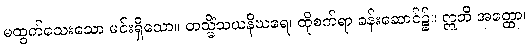
မထွက်သေးသော မင်းရှိသော။ တသ္မိံသယနိဃရေ၊ ထိုစက်ရာ ခန်းဆောင်၌။ ဣတိ အတ္ထော၊